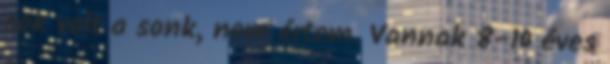
sok volt a sonk, nem értem. Vannak 8-10 éves